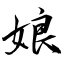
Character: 娘